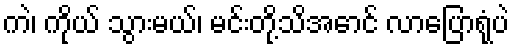
ကဲ၊ ကိုယ် သွားမယ်၊ မင်းတို့သိအောင် လာပြောရုံပဲ